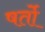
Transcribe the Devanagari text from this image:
षर्तो